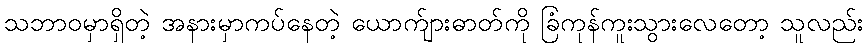
သဘာဝမှာရှိတဲ့ အနားမှာကပ်နေတဲ့ ယောက်ျားဓာတ်ကို ခြံကုန်ကူးသွားလေတော့ သူလည်း